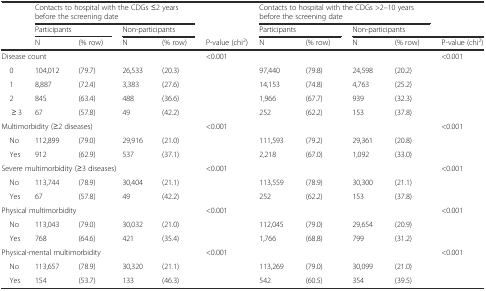
<table><thead><tr><td></td><td colspan="4"><b>Contacts to hospital with the CDGs ≤2 years before the screening date</b></td><td></td><td colspan="4"><b>Contacts to hospital with the CDGs &gt;2–10 years before the screening date</b></td><td></td></tr><tr><td></td><td colspan="2"><b>Participants</b></td><td colspan="2"><b>Non-participants</b></td><td></td><td colspan="2"><b>Participants</b></td><td colspan="3"><b>Non-participants</b></td></tr><tr><td></td><td><b>N</b></td><td><b>(% row)</b></td><td><b>N</b></td><td><b>(% row)</b></td><td><b>P-value (chi<sup>2</sup>)</b></td><td><b>N</b></td><td><b>(% row)</b></td><td><b>N</b></td><td><b>(% row)</b></td><td><b>P-value (chi<sup>2</sup>)</b></td></tr></thead><tbody><tr><td colspan="2">Disease count</td><td></td><td></td><td></td><td>&lt;0.001</td><td colspan="2"></td><td></td><td></td><td>&lt;0.001</td></tr><tr><td> 0</td><td>104,012</td><td>(79.7)</td><td>26,533</td><td>(20.3)</td><td></td><td>97,440</td><td>(79.8)</td><td>24,598</td><td>(20.2)</td><td></td></tr><tr><td> 1</td><td>8,887</td><td>(72.4)</td><td>3,383</td><td>(27.6)</td><td></td><td>14,153</td><td>(74.8)</td><td>4,763</td><td>(25.2)</td><td></td></tr><tr><td> 2</td><td>845</td><td>(63.4)</td><td>488</td><td>(36.6)</td><td></td><td>1,966</td><td>(67.7)</td><td>939</td><td>(32.3)</td><td></td></tr><tr><td>≥ 3</td><td>67</td><td>(57.8)</td><td>49</td><td>(42.2)</td><td></td><td>252</td><td>(62.2)</td><td>153</td><td>(37.8)</td><td></td></tr><tr><td colspan="4">Multimorbidity (≥2 diseases)</td><td></td><td>&lt;0.001</td><td colspan="3"></td><td></td><td>&lt;0.001</td></tr><tr><td> No</td><td>112,899</td><td>(79.0)</td><td>29,916</td><td>(21.0)</td><td></td><td>111,593</td><td>(79.2)</td><td>29,361</td><td>(20.8)</td><td></td></tr><tr><td> Yes</td><td>912</td><td>(62.9)</td><td>537</td><td>(37.1)</td><td></td><td>2,218</td><td>(67.0)</td><td>1,092</td><td>(33.0)</td><td></td></tr><tr><td colspan="4">Severe multimorbidity (≥3 diseases)</td><td></td><td>&lt;0.001</td><td colspan="3"></td><td></td><td>&lt;0.001</td></tr><tr><td> No</td><td>113,744</td><td>(78.9)</td><td>30,404</td><td>(21.1)</td><td></td><td>113,559</td><td>(78.9)</td><td>30,300</td><td>(21.1)</td><td></td></tr><tr><td> Yes</td><td>67</td><td>(57.8)</td><td>49</td><td>(42.2)</td><td></td><td>252</td><td>(62.2)</td><td>153</td><td>(37.8)</td><td></td></tr><tr><td colspan="4">Physical multimorbidity</td><td></td><td>&lt;0.001</td><td colspan="3"></td><td></td><td>&lt;0.001</td></tr><tr><td> No</td><td>113,043</td><td>(79.0)</td><td>30,032</td><td>(21.0)</td><td></td><td>112,045</td><td>(79.0)</td><td>29,654</td><td>(20.9)</td><td></td></tr><tr><td> Yes</td><td>768</td><td>(64.6)</td><td>421</td><td>(35.4)</td><td></td><td>1,766</td><td>(68.8)</td><td>799</td><td>(31.2)</td><td></td></tr><tr><td colspan="4">Physical-mental multimorbidity</td><td></td><td>&lt;0.001</td><td colspan="3"></td><td></td><td>&lt;0.001</td></tr><tr><td> No</td><td>113,657</td><td>(78.9)</td><td>30,320</td><td>(21.1)</td><td></td><td>113,269</td><td>(79.0)</td><td>30,099</td><td>(21.0)</td><td></td></tr><tr><td> Yes</td><td>154</td><td>(53.7)</td><td>133</td><td>(46.3)</td><td></td><td>542</td><td>(60.5)</td><td>354</td><td>(39.5)</td><td></td></tr></tbody></table>